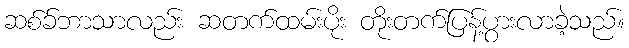
ဆစ်ခ်ဘာသာလည်း ဆတက်ထမ်းပိုး တိုးတက်ပြန့်ပွားလာခဲ့သည်။